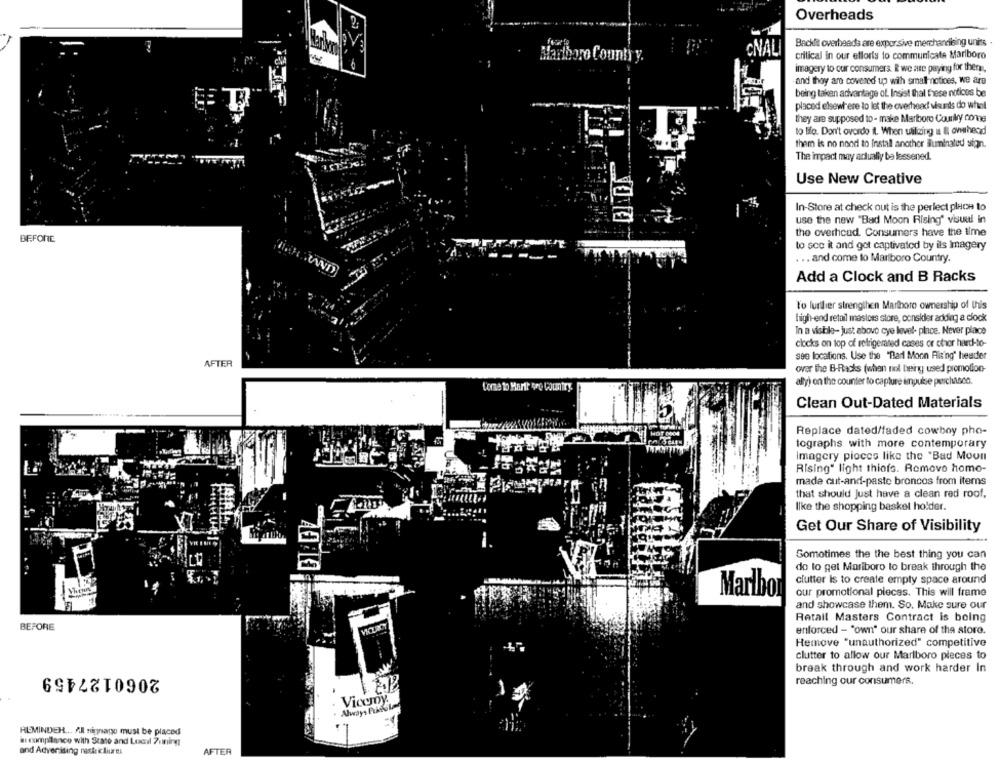
Overheads
2.
Backlit overheads are expor sive merchandising units
5
CNAL
critical in our efforts to communicate Marlboro
imagery to our consumers. i we are paying for therss,
and they are covered up wilh smallnotices, we are
being taken advantage of. Insist that these notions be
placed elsewhere to let the overhead vards do what
they are supposed to - make Marboro Counky come
to life. Don't overdo il. When utilizing a I overhead
them is no nond to Install another iluminated sign.
The impact may actually be lessened.
Use New Creative
In-Store at check out is the perfect place to
use the new "Bad Moon Rising" visual in
the overhead. Consumers have the time
BEFORE
to sco it and got captivated by ils Imagery
.. and come to Marlboro Country.
Add a Clock and B Racks
To further strengthen Marlboro ownership of this
high-end retail masloss store, consider adding a clock
In a visible- just above cye level- place. Never place
clocks on top of refrigerated cases or chor hard-to-
see locations. Use the "Barl Moon Rising' header
AFTER
over the B-Racks (when not being used promotion-
ally) on the counter to capture impulse perchasco.
Come to Harir oro Country.
Clean Out-Dated Materials
Replace dated/faded cowboy pho-
tographs with more contemporary
Imagery pioces like the "Bad Moon
Rising" light thiofs. Remove home-
made cut-and-paste broncos from items
that should Just have a clean red roof.
like the shopping basket holder.
Get Our Share of Visibility
Sometimes the the best thing you can
do to get Mariboro to break through the
clutter is to create empty space around
Marlbo
our promotional pieces. This will frame
and showcase them. So. Make sure our
Retail Masters Contract is being
BEFORE
enforced - "own" our share of the store.
Remove "unauthorized" competitive
clutter to allow our Marlboro pieces to
2060127459
break through and work harder In
reaching our consumers.
Vicuny.
Always PrkiiGl
REMINDER ... All signage must be placed
a compliance with State and Local 7uning
and Advertising neste i liur ett
AFTER